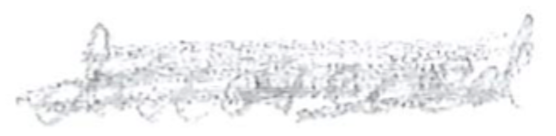
Text: discovered
Cross-out: mix
Writing tool: pencil